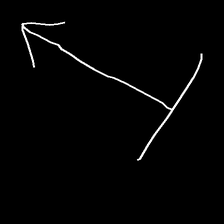
Glyph: levitation